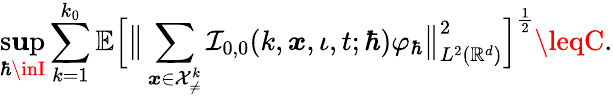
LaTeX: \operatorname*{s\mathbf{u}p}_{\hbar\inI}\sum_{k=1}^{k_{0}}\mathbb{{E}}\Big[\big\lVert\sum_{\boldsymbol{x}\in\mathcal{{X}}_{\neq}^{k}}\mathcal{{I}}_{0,0}(k,\boldsymbol{x},\iota,t;\hbar)\varphi_{\hbar}\big\rVert_{L^{2}(\mathbb{{R}}^{d})}^{2}\Big]^{\frac{{1}}{{2}}}\leqC.